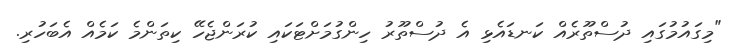
"މިގައުމުގައި ދުސްތޫރެއް ކަނޑައެޅި އެ ދުސްތޫރު ހިންގުމަށްޓަކައި ކުރަންޖެހޭ ކިތަންމެ ކަމެއް އެބަހުރި.